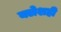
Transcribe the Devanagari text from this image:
क्लेशही